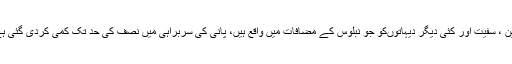
جین ، سفیت اور کئی دیگر دیہاتوںکو جو نبلوس کے مضافات میں واقع ہیں، پانی کی سربراہی میں نصف کی حد تک کمی کردی گئی ہے۔